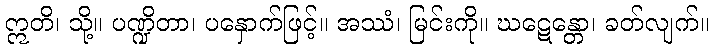
ဣတိ၊ သို့။ ပဏ္ဍိတာ၊ ပနှောက်ဖြင့်။ အဿံ၊ မြင်းကို။ ဃဋေန္တော၊ ခတ်လျက်။